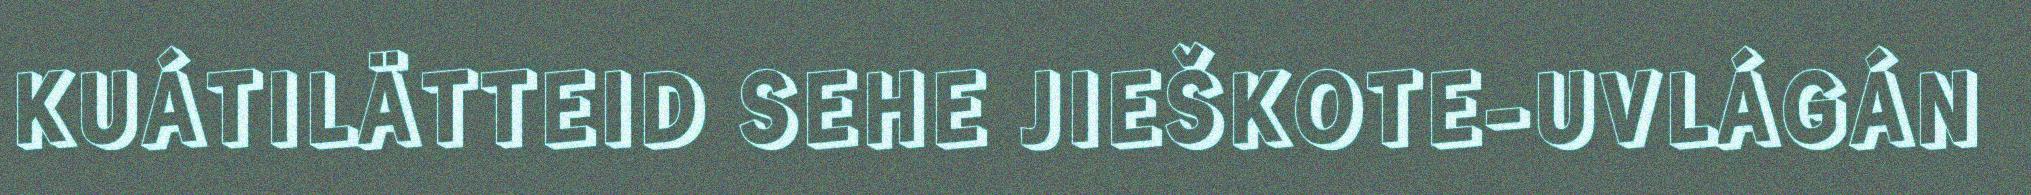
KUÁTILÄTTEID SEHE JIEŠKOTE-UVLÁGÁN